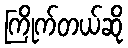
ကြိုက်တယ်ဆို